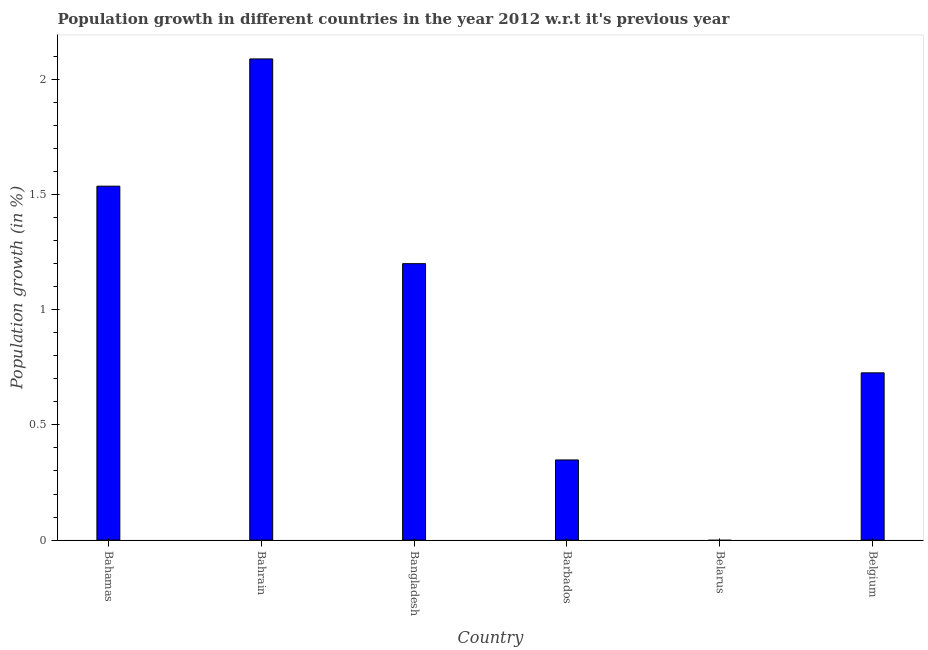
| Country | Population growth |
 | --- | --- |
 | Bahamas | 1.54 |
 | Bahrain | 2.09 |
 | Bangladesh | 1.2 |
 | Barbados | 0.348 |
 | Belarus | -0.0951 |
 | Belgium | 0.726 |